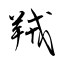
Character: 羢